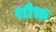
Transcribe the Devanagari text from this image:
शौक्त